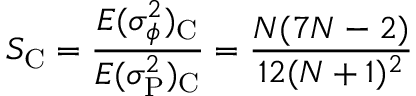
S _ { \mathrm C } = { \frac { E ( \sigma _ { \phi } ^ { 2 } ) _ { \mathrm C } } { E ( \sigma _ { \mathrm P } ^ { 2 } ) _ { \mathrm C } } } = { \frac { N ( 7 N - 2 ) } { 1 2 ( N + 1 ) ^ { 2 } } }